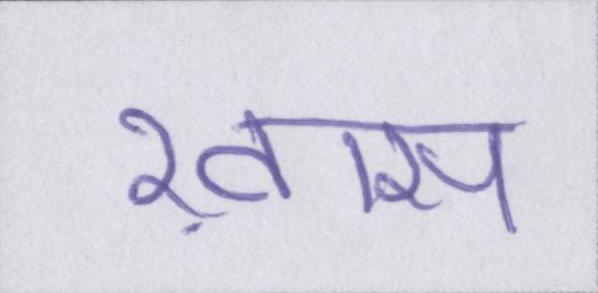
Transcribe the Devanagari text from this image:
ख़ास